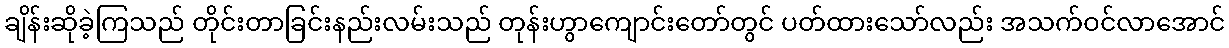
ချိန်းဆိုခဲ့ကြသည် တိုင်းတာခြင်းနည်းလမ်းသည် တုန်းဟွာကျောင်းတော်တွင် ပတ်ထားသော်လည်း အသက်ဝင်လာအောင်